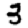
Digit: 3